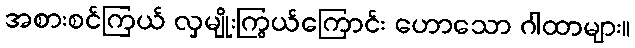
အစားစင်ကြယ် လှမျိုးကြွယ်ကြောင်း ဟောသော ဂါထာများ။